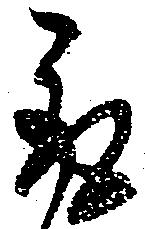
取